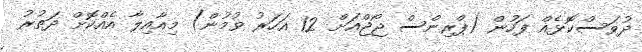
ދުވަސްކޮޅެއް ފަހުން (ޕްރިންސް ޖޯޖްއަށް 12 އަހަރު ވުމުން) މިއާއިލާ އެއްކޮށް ދަތުރު